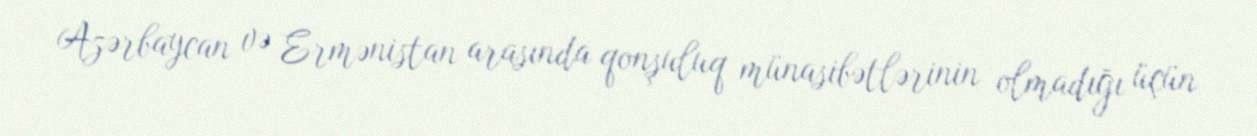
Azərbaycan və Ermənistan arasında qonşuluq münasibətlərinin olmadığı üçün